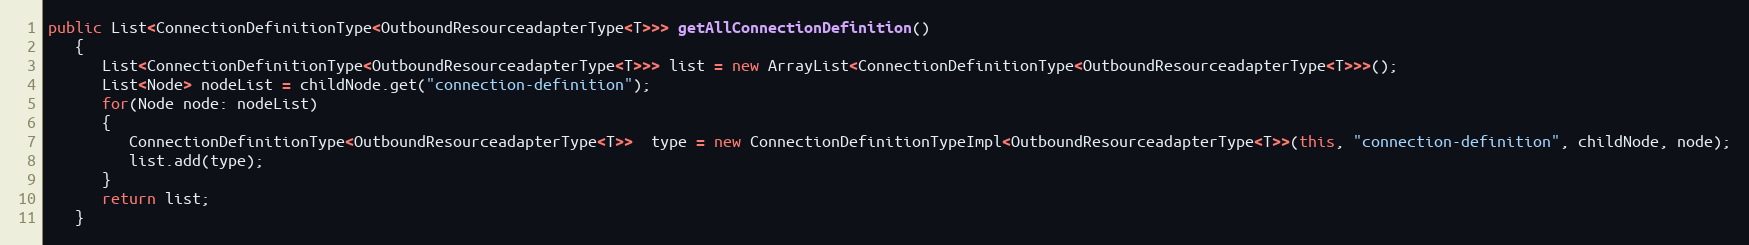
Language: Java
public List<ConnectionDefinitionType<OutboundResourceadapterType<T>>> getAllConnectionDefinition()
   {
      List<ConnectionDefinitionType<OutboundResourceadapterType<T>>> list = new ArrayList<ConnectionDefinitionType<OutboundResourceadapterType<T>>>();
      List<Node> nodeList = childNode.get("connection-definition");
      for(Node node: nodeList)
      {
         ConnectionDefinitionType<OutboundResourceadapterType<T>>  type = new ConnectionDefinitionTypeImpl<OutboundResourceadapterType<T>>(this, "connection-definition", childNode, node);
         list.add(type);
      }
      return list;
   }